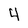
Character: 4